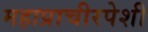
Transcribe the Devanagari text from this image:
महाप्राचीरपेशी